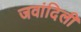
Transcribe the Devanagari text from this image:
जवांदिली